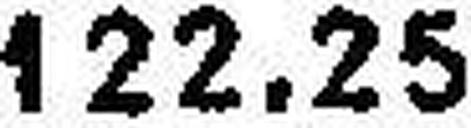
122.25